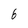
Character: 6